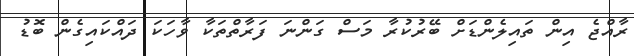
ރާއްޖެ އިން ތައިލެންޑަށް ބޭރުކުރާ މަސް ގަންނަ ފަރާތްތަކާ ވާހަކަ ދައްކައިގެން ބޮޑު